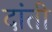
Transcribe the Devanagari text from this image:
दांती